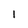
Character: l